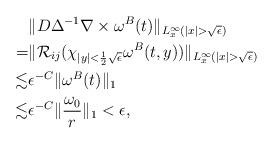
LaTeX: \begin{align*} & \| D \Delta^{-1} \nabla \times \omega^B(t) \|_{L_x^{\infty}(|x|> \sqrt {\epsilon})} \\ = & \| \mathcal R_{ij} ( \chi_{|y|<\frac 12 \sqrt{\epsilon}} \omega^B(t,y) ) \|_{L_x^{\infty} (|x|>\sqrt{\epsilon})} \\ \lesssim & \epsilon^{-C} \| \omega^B(t) \|_{1} \\ \lesssim & \epsilon^{-C} \| \frac{\omega_0} r \|_{1} <\epsilon, \end{align*}